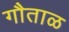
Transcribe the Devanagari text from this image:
गौताळ